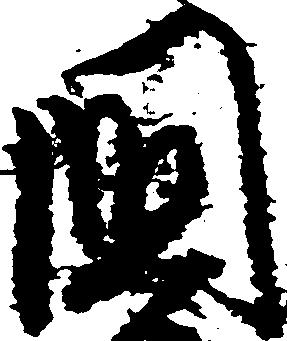
国